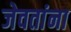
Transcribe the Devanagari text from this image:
जेवतांना